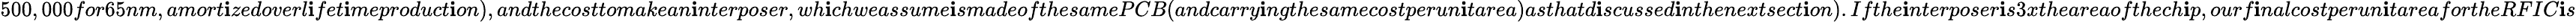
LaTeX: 500,000for65nm,amort\mathbf{i}zedoverl\mathbf{i}fet\mathbf{i}meproduct\mathbf{i}on),andthecosttomakean\mathbf{i}nterposer,wh\mathbf{i}chweassume\mathbf{i}smadeofthesamePCB(andcarry\mathbf{i}ngthesamecostperun\mathbf{i}tarea)asthatd\mathbf{i}scussed\mathbf{i}nthenextsect\mathbf{i}on).Ifthe\mathbf{i}nterposer\mathbf{i}s3xtheareaofthech\mathbf{i}p,ourf\mathbf{i}nalcostperun\mathbf{i}tareafortheRFIC\mathbf{i}s